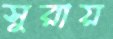
সুরায়